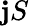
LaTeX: \mathbf{j}S